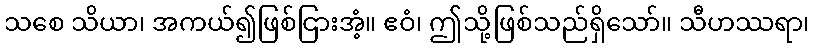
သစေ သိယာ၊ အကယ်၍ဖြစ်ငြားအံ့။ ဧဝံ၊ ဤသို့ဖြစ်သည်ရှိသော်။ သီဟဿရာ၊